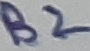
Text: B2